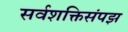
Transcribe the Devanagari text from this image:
सर्वशक्तिसंपझ